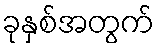
ခုနှစ်အတွက်